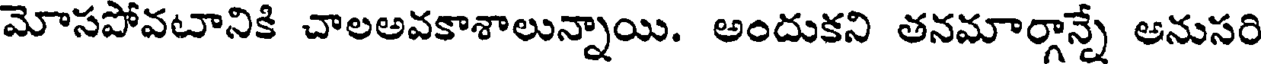
మోసపోవటానికి చాలఅవకాశాలున్నాయి. అందుకని తనమార్గాన్నే అనుసరి